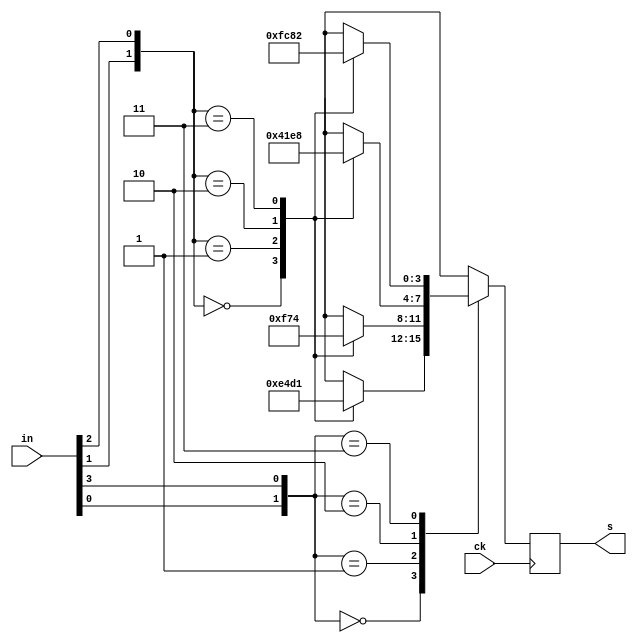
module sbox(in, s, ck);
input [3:0] in;
output [3:0] s;
input ck;

reg [3:0] s;

always @(posedge ck) begin
  case ({in[0],in[3]})
    0: begin case ({in[1],in[2]}) 0: s <= 14; 1: s <= 4; 2: s <= 13; 3: s <= 1; endcase end
    1: begin case ({in[1],in[2]}) 0: s <= 0; 1: s <= 15; 2: s <= 7; 3: s <= 4; endcase end
    2: begin case ({in[1],in[2]}) 0: s <= 4; 1: s <= 1; 2: s <= 14; 3: s <= 8; endcase end
    3: begin case ({in[1],in[2]}) 0: s <= 15; 1: s <= 12; 2: s <= 8; 3: s <= 2; endcase end
  endcase
end

endmodule